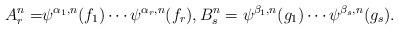
LaTeX: \begin{align*}A_r^n =& \psi^{\alpha_1,n}(f_1) \cdots \psi^{\alpha_r,n}(f_r), B_s^n = \psi^{\beta_1,n}(g_1) \cdots \psi^{\beta_s,n}(g_s).\end{align*}